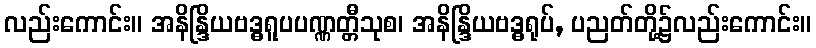
လည်းကောင်း။ အနိန္ဒြိယဗဒ္ဓရူပပဏ္ဏတ္တီသုစ၊ အနိန္ဒြိယဗဒ္ဓရုပ်, ပညတ်တို့၌လည်းကောင်း။